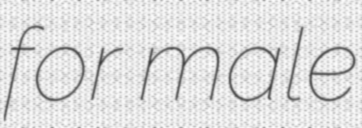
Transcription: for male